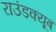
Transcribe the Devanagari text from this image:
राउंडक्यूब